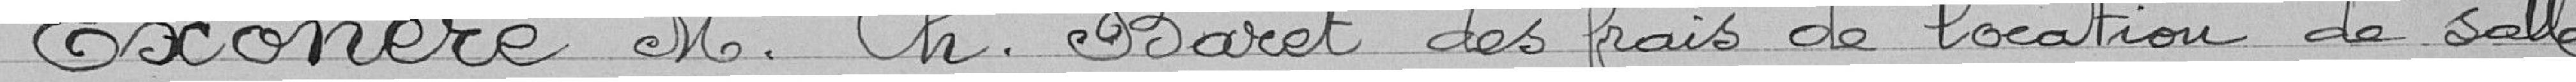
Exonère M. Ch. Baret des frais de location de salle